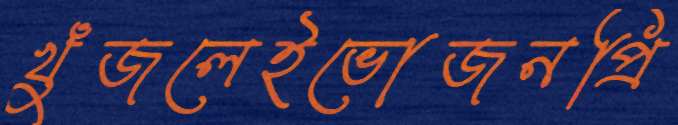
খুঁজলেইভোজনপ্রি